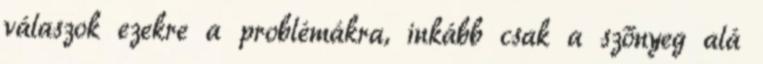
válaszok ezekre a problémákra, inkább csak a szőnyeg alá